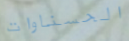
الحسناوات